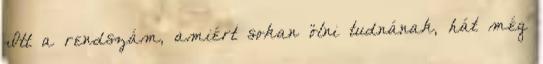
Itt a rendszám, amiért sokan ölni tudnának, hát még